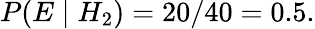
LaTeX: P(E\mid H_{2})=20/40=0.5.